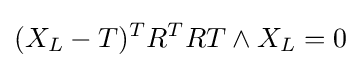
(X_{L}-T)^{T}R^{T}RT\wedge X_{L}=0